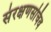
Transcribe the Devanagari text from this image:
संरक्षणसचिव